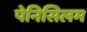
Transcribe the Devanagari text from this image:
पेनिसिलम